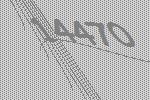
14470